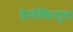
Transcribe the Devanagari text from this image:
हेमोफिलुस